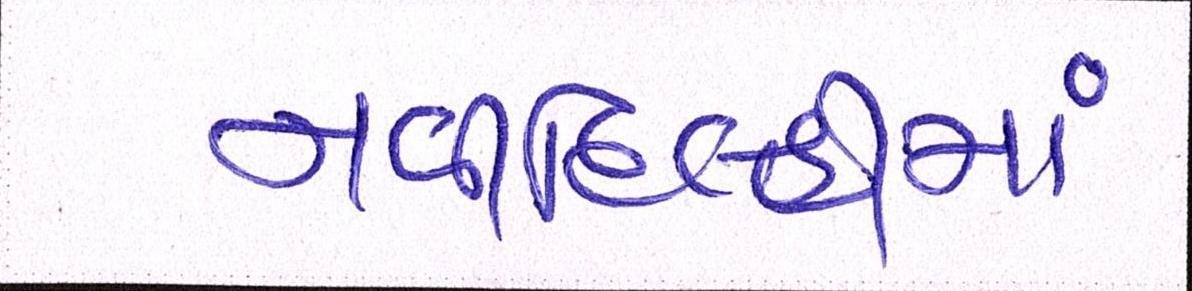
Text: નવીદિલ્હીમાં